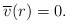
\begin{align*} \overline{v}(r)=0. \end{align*}